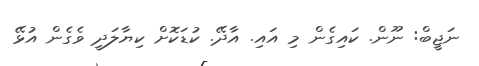
ނަޖީބް: ނޫން. ކައިގެން މި އައި. އާދޭ. ކުޑަކޮށް ކިޔާލަދީ ވެގެން އުޅޭ